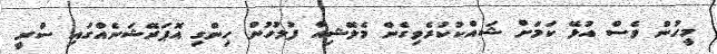
މީހުން ވެސް އުޅޭ ކަމަށް ޝައްކުކުރެވިގެން މެލޭޝިއާ ފުލުހުން ހިންގި އޮޕަރޭޝަނެއްގައި ސްރީ